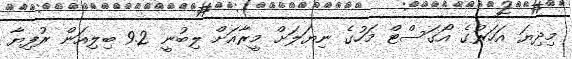
މިދިޔަ އަހަރުގެ އޯގަސްޓް މަހުގެ ނިޔަލަށް މީރާއަށް ލިބުނީ 9.2 ބިލިއަން ރުފިޔާ